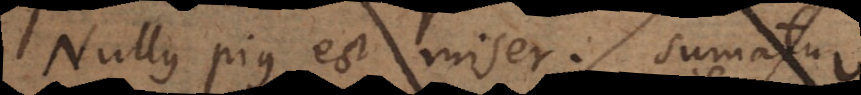
Nullus pius est miser, sumatu